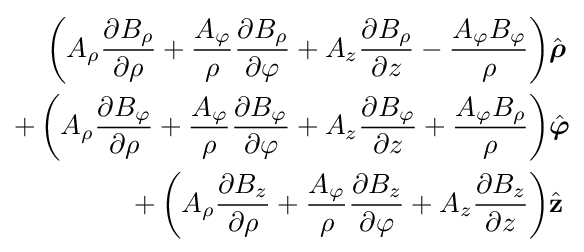
{\begin{aligned}\left(A_{\rho }{\frac {\partial B_{\rho }}{\partial \rho }}+{\frac {A_{\varphi }}{\rho }}{\frac {\partial B_{\rho }}{\partial \varphi }}+A_{z}{\frac {\partial B_{\rho }}{\partial z}}-{\frac {A_{\varphi }B_{\varphi }}{\rho }}\right)&{\hat {\boldsymbol {\rho }}}\\+\left(A_{\rho }{\frac {\partial B_{\varphi }}{\partial \rho }}+{\frac {A_{\varphi }}{\rho }}{\frac {\partial B_{\varphi }}{\partial \varphi }}+A_{z}{\frac {\partial B_{\varphi }}{\partial z}}+{\frac {A_{\varphi }B_{\rho }}{\rho }}\right)&{\hat {\boldsymbol {\varphi }}}\\+\left(A_{\rho }{\frac {\partial B_{z}}{\partial \rho }}+{\frac {A_{\varphi }}{\rho }}{\frac {\partial B_{z}}{\partial \varphi }}+A_{z}{\frac {\partial B_{z}}{\partial z}}\right)&{\hat {\mathbf {z} }}\end{aligned}}